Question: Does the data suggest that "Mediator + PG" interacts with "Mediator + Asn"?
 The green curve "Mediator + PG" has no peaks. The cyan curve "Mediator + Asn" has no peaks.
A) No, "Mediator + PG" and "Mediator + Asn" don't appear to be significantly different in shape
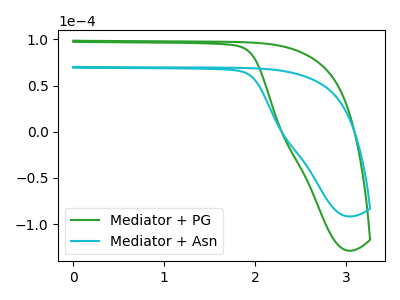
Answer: <think>Neither "Mediator + PG" or "Mediator + Asn" have any peaks.
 </think>
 <answer>A) No, "Mediator + PG" and "Mediator + Asn" don't appear to be significantly different in shape</answer>
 <eval>A</eval>